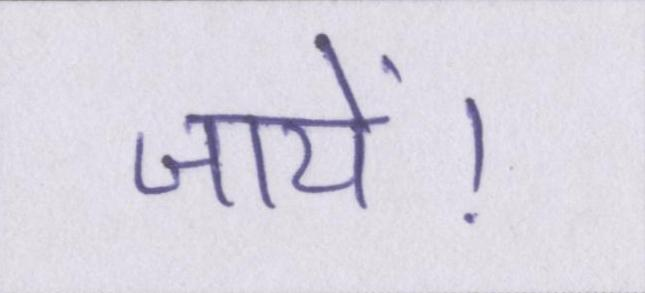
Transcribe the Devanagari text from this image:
जायें।